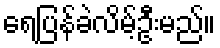
ရေပြန်ခဲလိမ့်ဦးမည်။